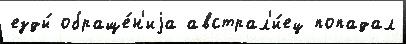
езды́ обраще́н'иjа австрал'и́ец попадал